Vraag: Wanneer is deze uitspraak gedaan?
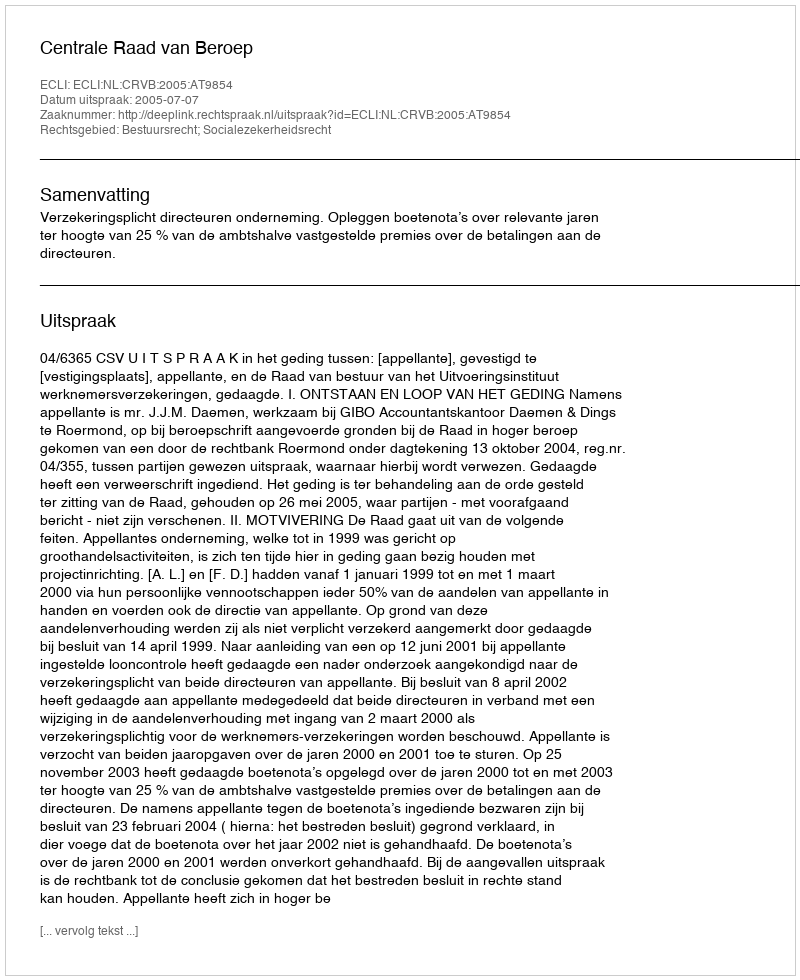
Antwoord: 2005-07-07